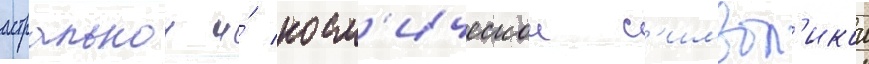
астральнои и́ косм'ическои с'имвол'икои